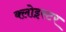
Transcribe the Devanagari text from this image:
क्लोइस्टर